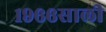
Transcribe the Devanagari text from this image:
१९६६साली